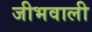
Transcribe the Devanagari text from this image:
जीभवाली